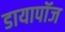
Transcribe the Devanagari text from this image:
डायापॉज